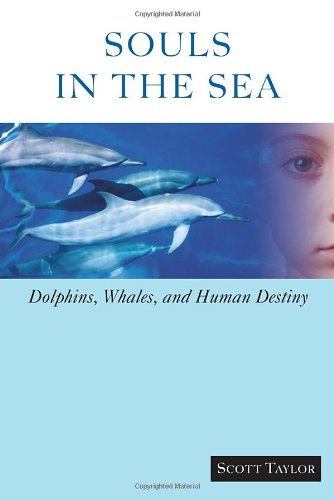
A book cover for Souls in the Sea: Dolphins, Whales, and Human Destiny; Scott Taylor; Sports & Outdoors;